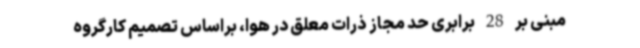
مبنی بر 28 برابری حد مجاز ذرات معلق در هوا، براساس تصمیم کارگروه